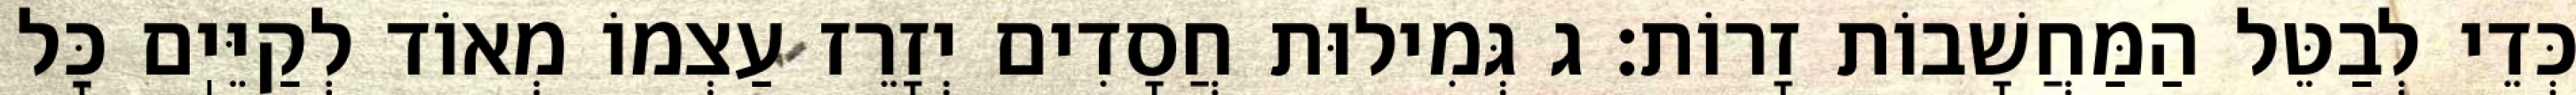
כְּדֵי לְבַטֵּל הַמַּחֲשָׁבוֹת זָרוֹת: ג גְּמִילוּת חֲסָדִים יְזָרֵז עַצְמוֹ מְאוֹד לְקַיֵּיֽם כׇּל